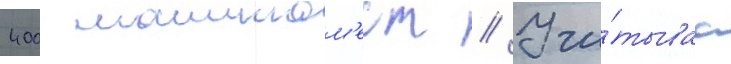
400 машином'ест // Учи́тываа